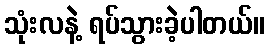
သုံးလနဲ့ ရပ်သွားခဲ့ပါတယ်။